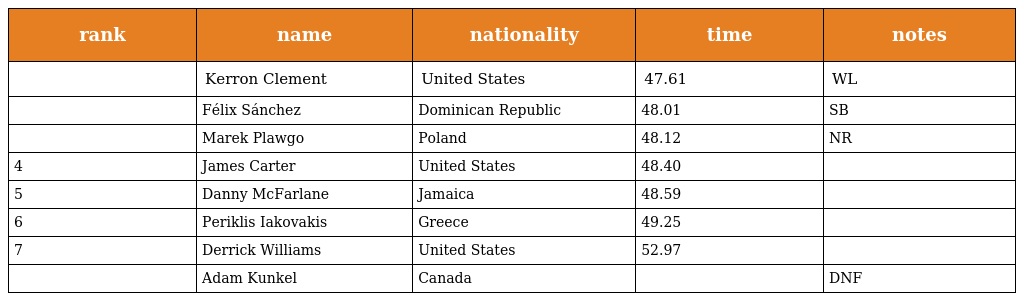
| rank | name | nationality | time | notes |
 | --- | --- | --- | --- | --- |
 |  | Kerron Clement | United States | 47.61 | WL |
 |  | Félix Sánchez | Dominican Republic | 48.01 | SB |
 |  | Marek Plawgo | Poland | 48.12 | NR |
 | 4 | James Carter | United States | 48.40 |  |
 | 5 | Danny McFarlane | Jamaica | 48.59 |  |
 | 6 | Periklis Iakovakis | Greece | 49.25 |  |
 | 7 | Derrick Williams | United States | 52.97 |  |
 |  | Adam Kunkel | Canada |  | DNF |